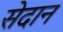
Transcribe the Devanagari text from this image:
सेदान